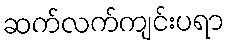
ဆက်လက်ကျင်းပရာ